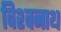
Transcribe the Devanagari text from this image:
विश्‍वनाथ्‍ा